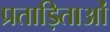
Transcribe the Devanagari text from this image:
प्रताड़िताओं